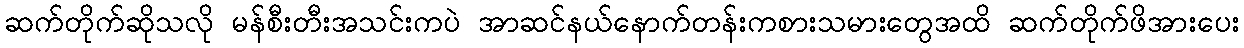
ဆက်တိုက်ဆိုသလို မန်စီးတီးအသင်းကပဲ အာဆင်နယ်နောက်တန်းကစားသမားတွေအထိ ဆက်တိုက်ဖိအားပေး